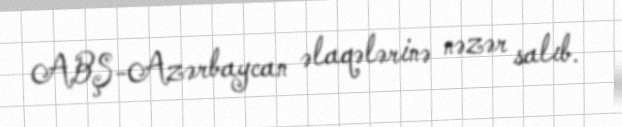
ABŞ-Azərbaycan əlaqələrinə nəzər salıb.